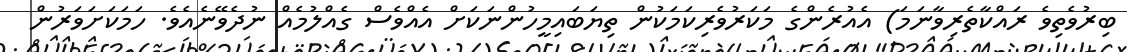
ބިރުވެތިވެ ރައްކާތެރިވާނަމަ) އެއުރެންގެ މަކަރުވެރިކަމަކުން ތިޔަބައިމީހުންނަކަށް އެއްވެސް ގެއްލުމެއް ނުދެވޭނެއެވެ. ހަމަކަށަވަރުން